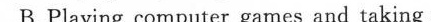
B. Playing computer games and taking a